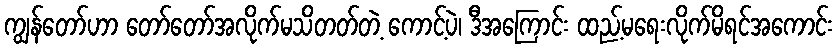
ကျွန်တော်ဟာ တော်တော်အလိုက်မသိတတ်တဲ့ ကောင့်ပဲ၊ ဒီအကြောင်း ထည့်မရေးလိုက်မိရင်အကောင်း